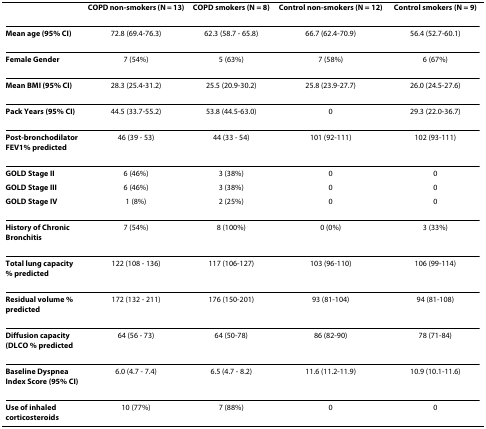
<table><thead><tr><td></td><td><b>COPD non-smokers (N = 13)</b></td><td><b>COPD smokers (N = 8)</b></td><td><b>Control non-smokers (N = 12)</b></td><td><b>Control smokers (N = 9)</b></td></tr></thead><tbody><tr><td><b>Mean age (95% CI)</b></td><td>72.8 (69.4-76.3)</td><td>62.3 (58.7 - 65.8)</td><td>66.7 (62.4-70.9)</td><td>56.4 (52.7-60.1)</td></tr><tr><td><b>Female Gender</b></td><td>7 (54%)</td><td>5 (63%)</td><td>7 (58%)</td><td>6 (67%)</td></tr><tr><td><b>Mean BMI (95% CI)</b></td><td>28.3 (25.4-31.2)</td><td>25.5 (20.9-30.2)</td><td>25.8 (23.9-27.7)</td><td>26.0 (24.5-27.6)</td></tr><tr><td><b>Pack Years (95% CI)</b></td><td>44.5 (33.7-55.2)</td><td>53.8 (44.5-63.0)</td><td>0</td><td>29.3 (22.0-36.7)</td></tr><tr><td><b>Post-bronchodilator FEV1% predicted</b></td><td>46 (39 - 53)</td><td>44 (33 - 54)</td><td>101 (92-111)</td><td>102 (93-111)</td></tr><tr><td><b>GOLD Stage II</b></td><td>6 (46%)</td><td>3 (38%)</td><td>0</td><td>0</td></tr><tr><td><b>GOLD Stage III</b></td><td>6 (46%)</td><td>3 (38%)</td><td>0</td><td>0</td></tr><tr><td><b>GOLD Stage IV</b></td><td>1 (8%)</td><td>2 (25%)</td><td>0</td><td>0</td></tr><tr><td><b>History of Chronic Bronchitis</b></td><td>7 (54%)</td><td>8 (100%)</td><td>0 (0%)</td><td>3 (33%)</td></tr><tr><td><b>Total lung capacity % predicted</b></td><td>122 (108 - 136)</td><td>117 (106-127)</td><td>103 (96-110)</td><td>106 (99-114)</td></tr><tr><td><b>Residual volume % predicted</b></td><td>172 (132 - 211)</td><td>176 (150-201)</td><td>93 (81-104)</td><td>94 (81-108)</td></tr><tr><td><b>Diffusion capacity (DLCO % predicted</b></td><td>64 (56 - 73)</td><td>64 (50-78)</td><td>86 (82-90)</td><td>78 (71-84)</td></tr><tr><td><b>Baseline Dyspnea Index Score (95% CI)</b></td><td>6.0 (4.7 - 7.4)</td><td>6.5 (4.7 - 8.2)</td><td>11.6 (11.2-11.9)</td><td>10.9 (10.1-11.6)</td></tr><tr><td><b>Use of inhaled corticosteroids</b></td><td>10 (77%)</td><td>7 (88%)</td><td>0</td><td>0</td></tr></tbody></table>